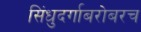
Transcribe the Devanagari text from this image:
सिंधुदर्गाबरोबरच